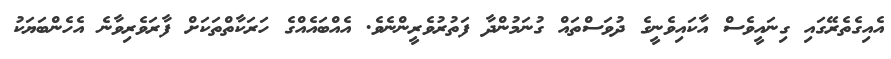
އެއިގެތެރޭގައި ގިނައީވެސް އާކައިވެނީގެ ދުވަސްތައް ގުނަމުންދާ ފަތުރުވެރީންނެވެ. އެއްބައެއްގެ ހަރަކާތްތަކަށް ފާރަވެރިވާނެ އެހެންބަޔަކު